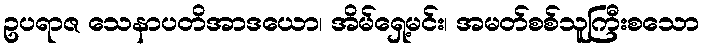
ဥပရာဇ သေနာပတိအာဒယော၊ အိမ်ရှေ့မင်း၊ အမတ်စစ်သူကြီးစသော